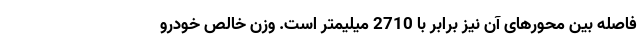
فاصله بین محورهای آن نیز برابر با 2710 میلیمتر است. وزن خالص خودرو